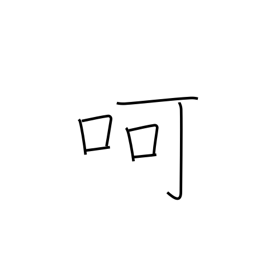
Meaning: blow on